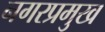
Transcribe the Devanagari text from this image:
नगरप्रमुख